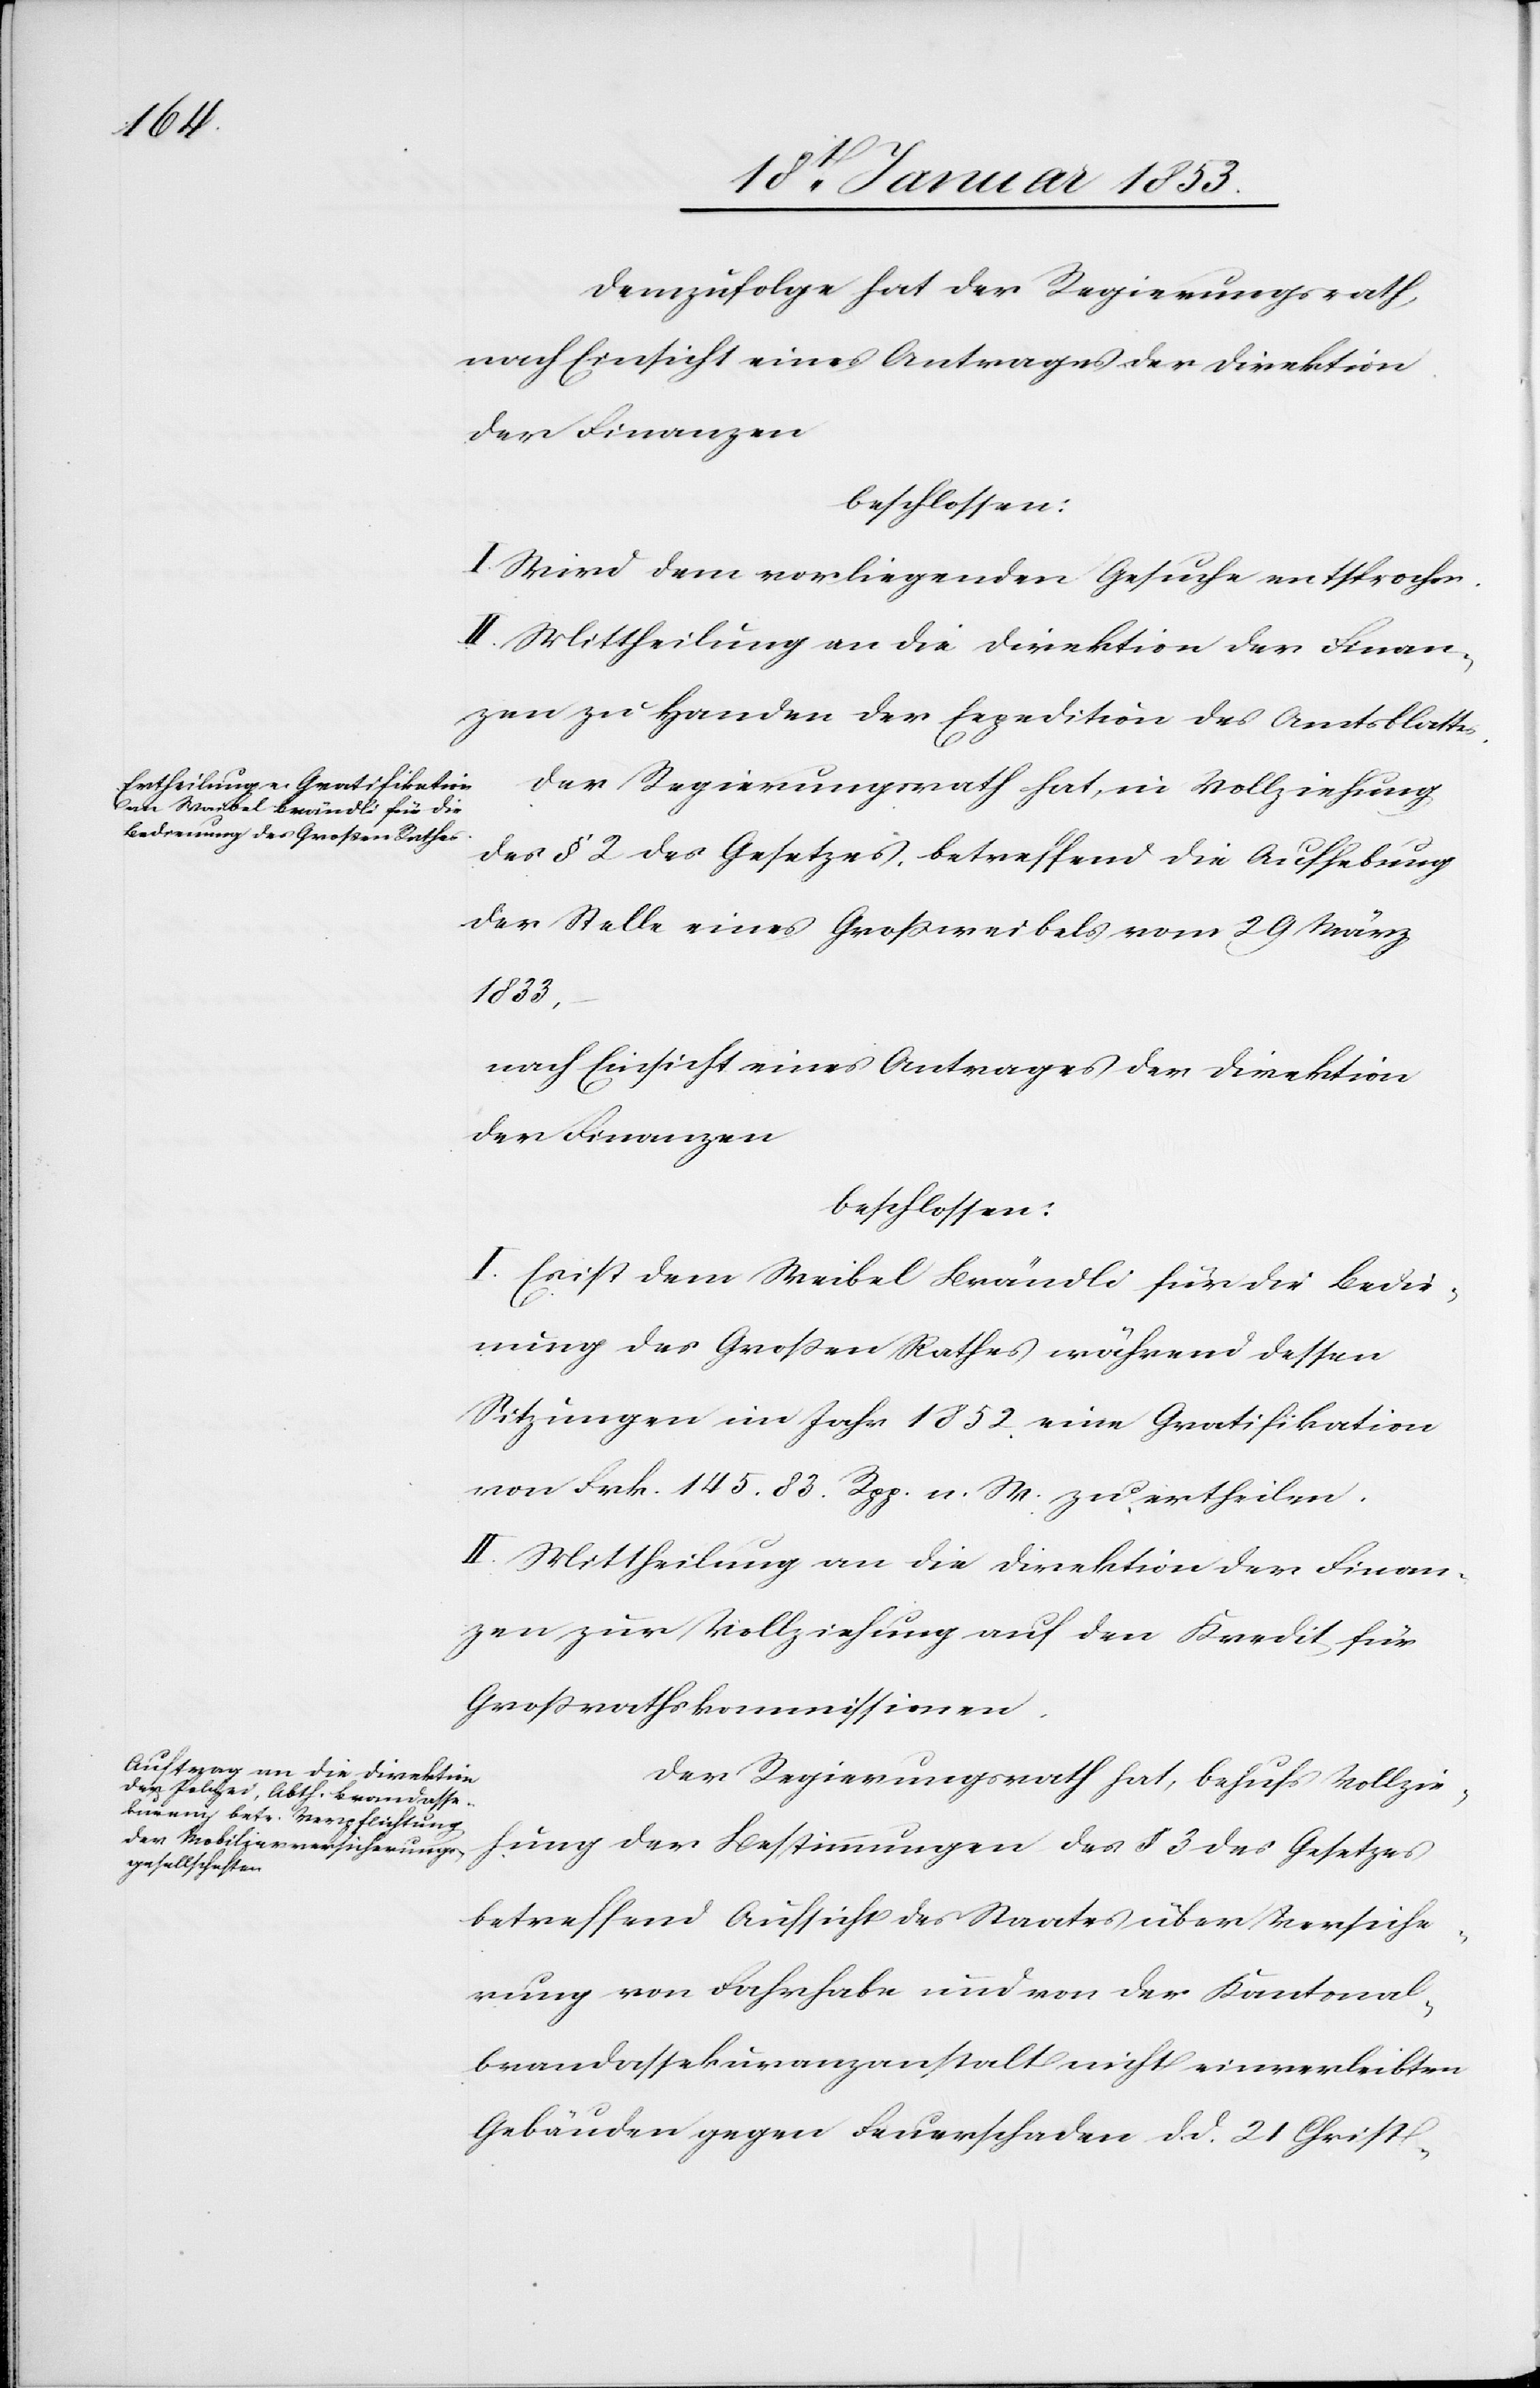
Demzufolge hat der Regierungsrath,
nach Einsicht eines Antrages der Direktion
der Finanzen.
beschlossen:
I. Wird dem vorliegenden Gesuche entsprochen.
II. Mittheilung an die Direktion der Finan¬
zen zu Handen der Expedition des Amtsblattes.
Der Regierungsrath hat, in Vollziehung
des § 2 des Gesetzes betreffend Aufhebung
der Stelle eines Großweibels vom 29 März
1833,
nach Einsicht eines Antrages der Direktion
der Finanzen
beschlossen:
I. Es ist dem Weibel Brändli für die Bedie¬
nung des Großen Rathes während dessen
Sitzungen im Jahr 1852. eine Gratifikation
von Frk. 145. 83 Rpp. n. W. zu ertheilen.
II. Mittheilung an die Direktion der Finan¬
zen zur Vollziehung auf den Kredit für
Großrathskommissionen.
Der Regierungsrath hat, behufs Vollzie¬
hung der Bestimmungen des § 3 des Gesetzes
betreffend Aufsicht des Staates über Versiche¬
rung von Fahrhabe und von der Kantonal¬
brandassekuranzanstalt nicht einverleibten
Gebäuden gegen Feuerschaden d. d. 21 Christ-